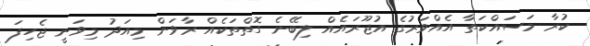
ކުރާ މަސައްކަތާ އެއްވަރުގެ އުޖޫރައެއް ލިބޭނެ ގޮތްތަކެއް ރާވަން މިއަދު މިވަނީ ޖެހިފަ